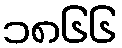
၁၈၆၆